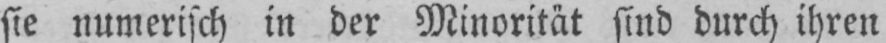
sie numerisch in der Minorität sind durch ihren